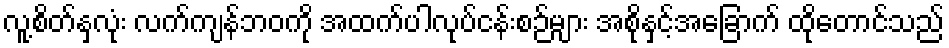
လူ့စိတ်နှလုံး လက်ကျန်ဘဝကို အထက်ပါလုပ်ငန်းစဉ်များ အစိုနှင့်အခြောက် ထိုတောင်သည်